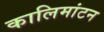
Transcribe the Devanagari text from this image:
कालिमांटन